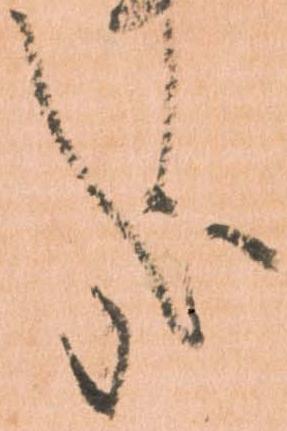
哉